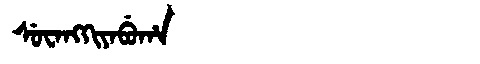
Manchu: ᠰᡠᠸᠠᠩᡴᡳᠶᠠᠪᡠᡥᠠ
Romanization: SUWANGKIYABUHA